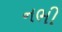
નભી